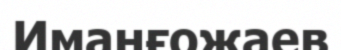
Иманғожаев